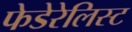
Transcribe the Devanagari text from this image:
फेडेरेलिस्ट